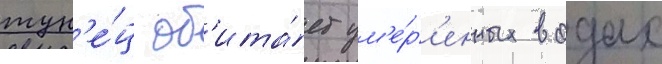
тун'е́ц об'ита́ет ум'е́р'енных водах